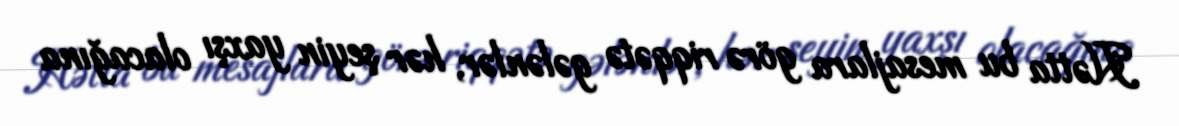
Hətta bu mesajlara görə riqqətə gələnlər, hər şeyin yaxşı olacağına